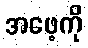
အဖေ့ကို